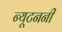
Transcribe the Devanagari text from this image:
न्यूटननी